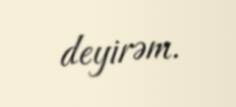
deyirəm.